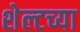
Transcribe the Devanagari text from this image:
शेल्टच्या